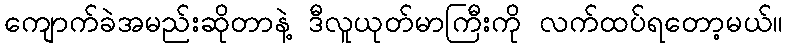
ကျောက်ခဲအမည်းဆိုတာနဲ့ ဒီလူယုတ်မာကြီးကို လက်ထပ်ရတော့မယ်။